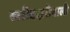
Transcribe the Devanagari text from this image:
खरीददारीवाली